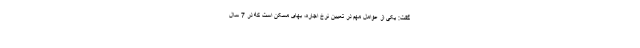
گفت: یکی از عوامل مهم در تعیین نرخ اجاره، بهای مسکن است که در 7 سال